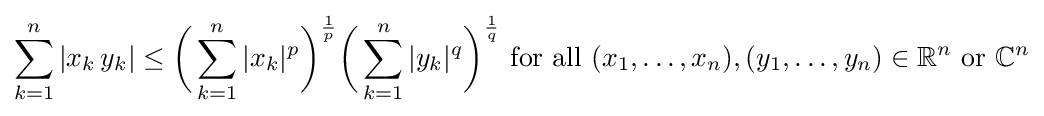
\sum _{k=1}^{n}|x_{k}\,y_{k}|\leq {\biggl (}\sum _{k=1}^{n}|x_{k}|^{p}{\biggr )}^{\frac {1}{p}}{\biggl (}\sum _{k=1}^{n}|y_{k}|^{q}{\biggr )}^{\frac {1}{q}}{\text{ for all }}(x_{1},\ldots ,x_{n}),(y_{1},\ldots ,y_{n})\in \mathbb {R} ^{n}{\text{ or }}\mathbb {C} ^{n}